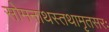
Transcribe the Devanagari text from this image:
सोमनाथस्तथामृतसरः